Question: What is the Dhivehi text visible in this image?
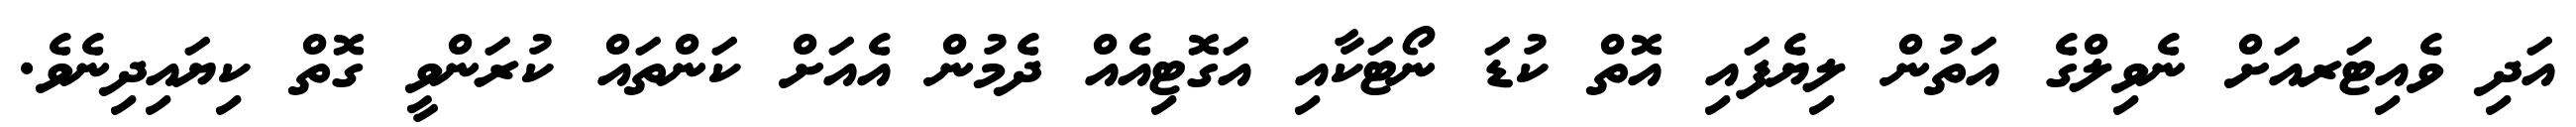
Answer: އަދި ވެއިޓަރއަށް ނެވިލްގެ އަތުން ލިޔެފައި އޮތް ކުޑަ ނޯޓަކާއި އަގޮޓިއެއް ދެމުން އެއަށް ކަންތައް ކުރަންވީ ގޮތް ކިޔައިދިނެވެ.